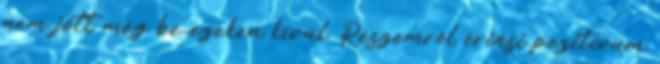
nem jött még be ezeken kívül. Részemről óriási pozitívum